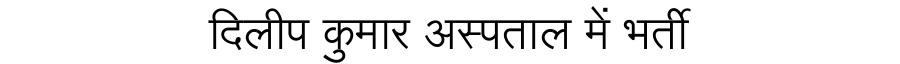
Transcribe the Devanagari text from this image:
दिलीप कुमार अस्पताल में भर्ती